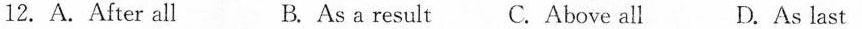
12.A.After all B.As a result C.Above all D.As last